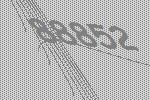
88852